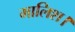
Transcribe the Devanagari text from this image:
मालिश।